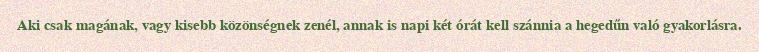
Aki csak magának, vagy kisebb közönségnek zenél, annak is napi két órát kell szánnia a hegedűn való gyakorlásra.